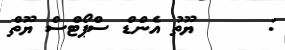
:      ޔޫތު އެންޑް ސްޕޯޓްސް ޔޫތް